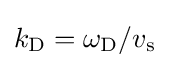
k_{\rm {D}}=\omega _{\rm {D}}/v_{\rm {s}}